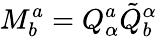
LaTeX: M_{b}^{a}=Q_{\alpha}^{a}\tilde{Q}_{b}^{\alpha}